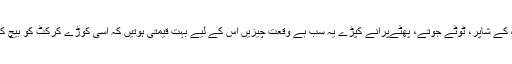
وہ خالی بوتلیں، ڈبّے، پلاسٹک کے شاپر، ٹوٹے جوتے، پَھٹےپرانے کپڑے یہ سب بے وقعت چیزیں اُس کے لیے بہت قیمتی ہوتیں کہ اسی کوڑے کرکٹ کو بیچ کر وہ پیٹ کا ایندھن خریدتا تھا۔